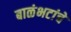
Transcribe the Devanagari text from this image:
बाळंभटांचे